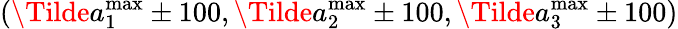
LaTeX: (\Tilde{a}_{1}^{\mathrm{max}}\pm 100,\Tilde{a}_{2}^{\mathrm{max}}\pm 100,\Tilde{a}_{3}^{\mathrm{max}}\pm 100)